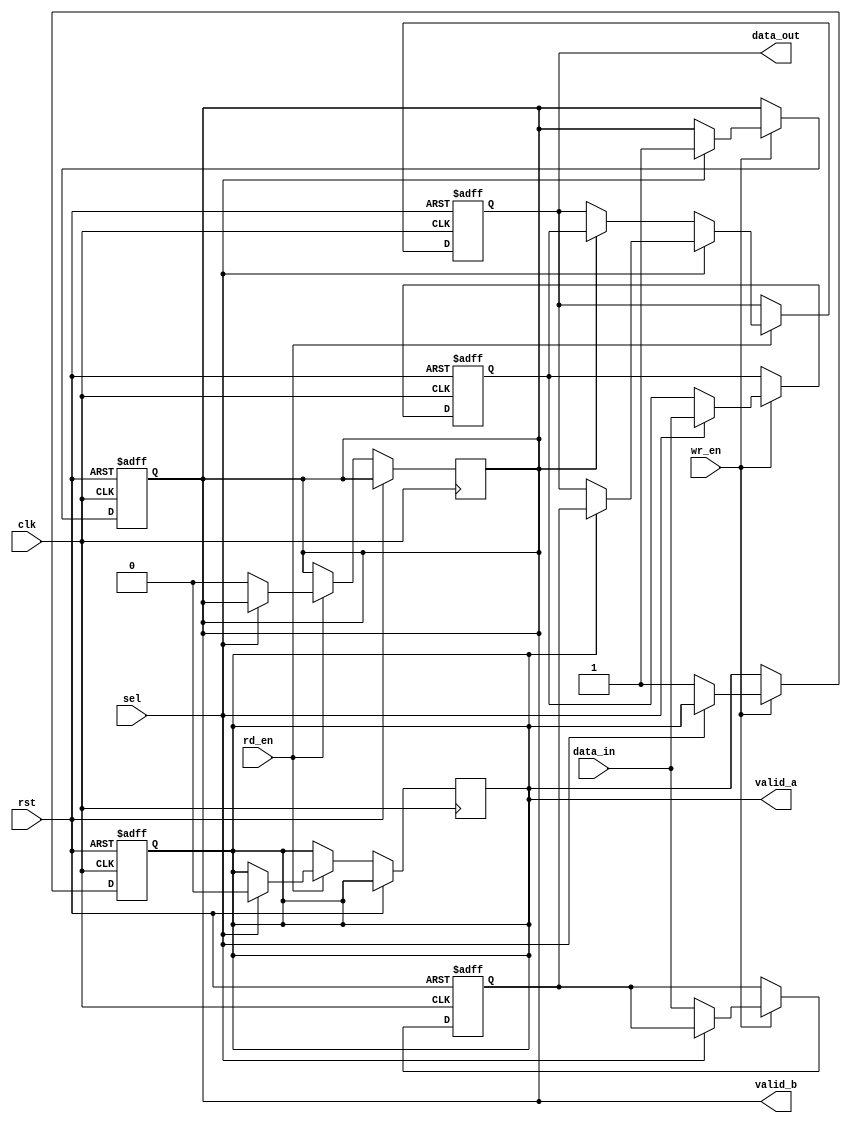
module double_buffer_register #(
    parameter DATA_WIDTH = 8 // Define the width of the data
) (
    input  wire clk,               // Clock signal
    input  wire rst,               // Reset signal
    input  wire wr_en,             // Write enable signal
    input  wire rd_en,             // Read enable signal
    input  wire sel,               // Buffer select signal (0 for Buffer A, 1 for Buffer B)
    input  wire [DATA_WIDTH-1:0] data_in, // Data input
    output reg [DATA_WIDTH-1:0] data_out, // Data output
    output reg valid_a,            // Valid signal for Buffer A
    output reg valid_b             // Valid signal for Buffer B
);

// Define the two buffers
reg [DATA_WIDTH-1:0] buffer_a;
reg [DATA_WIDTH-1:0] buffer_b;

// Write operation
always @(posedge clk or posedge rst) begin
    if (rst) begin
        buffer_a <= {DATA_WIDTH{1'b0}};
        buffer_b <= {DATA_WIDTH{1'b0}};
        valid_a <= 1'b0;
        valid_b <= 1'b0;
    end else if (wr_en) begin
        if (sel == 1'b0) begin
            buffer_a <= data_in;  // Write to Buffer A
            valid_a <= 1'b1;       // Set valid signal for Buffer A
        end else begin
            buffer_b <= data_in;  // Write to Buffer B
            valid_b <= 1'b1;       // Set valid signal for Buffer B
        end
    end
end

// Read operation
always @(posedge clk or posedge rst) begin
    if (rst) begin
        data_out <= {DATA_WIDTH{1'b0}};
    end else if (rd_en) begin
        if (sel == 1'b0) begin
            if (valid_b) begin
                data_out <= buffer_b; // Read from Buffer B
                valid_b <= 1'b0;      // Clear valid signal for Buffer B
            end
        end else begin
            if (valid_a) begin
                data_out <= buffer_a; // Read from Buffer A
                valid_a <= 1'b0;      // Clear valid signal for Buffer A
            end
        end
    end
end

endmodule